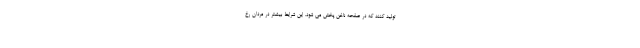
تولید کنند که در صفحه ناخن پخش می شود. این شرایط بیشتر در مردان رخ